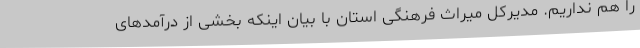
را هم نداریم. مدیرکل میراث فرهنگی استان با بیان اینکه بخشی از درآمدهای